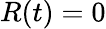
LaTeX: R(t)=0